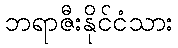
ဘရာဇီးနိုင်ငံသား